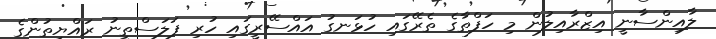
ލާއިންސާނީ އިޒްރާއިލުން މި ހަފްތާގެ ތެރޭގައި ހުޅަނގު އައްސޭރީގައި ހުރި ފަލަސްތީނު ރައްޔިތުންގެ